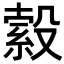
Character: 𣪺